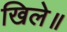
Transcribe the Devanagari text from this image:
खिले॥